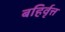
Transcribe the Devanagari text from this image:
बहिर्वृत्त